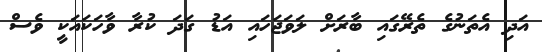
އަދި އެތަނުގެ ތެރޭގައި ބާރަށް ލަވަޖަހައި އަޑު ގަދަ ކުރާ ވާހަކައަކީ ވެސް